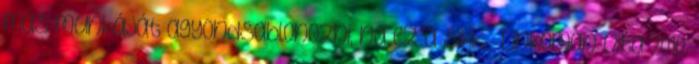
más munkáját agyondsablonozni, na ez a sikk.--Linkoman vita 2010.